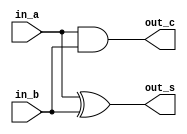
/* CSED273 lab5 experiment 1 */
/* lab5_1.v */

`timescale 1ps / 1fs

module halfAdder(
    input in_a,
    input in_b,
    output out_s,
    output out_c
    );

    assign out_s = in_a ^ in_b;
    assign out_c = in_a & in_b;

endmodule

module fullAdder(
    input in_a,
    input in_b,
    input in_c,
    output out_s,
    output out_c
    );

    wire S, C, C2;
    halfAdder inst1(in_a, in_b, S, C);
    halfAdder inst2(S, in_c, out_s, C2);
    assign out_c = C | C2;

endmodule

/* Implement adder 
 * You must not use Verilog arithmetic operators */
module adder(
    input [3:0] x,
    input [3:0] y,
    input c_in,             // Carry in
    output [3:0] out,
    output c_out            // Carry out
); 

    wire [3:0] c;
    fullAdder inst1(x[0], y[0], c_in, out[0], c[1]);
    fullAdder inst2(x[1], y[1], c[1], out[1], c[2]);
    fullAdder inst3(x[2], y[2], c[2], out[2], c[3]);
    fullAdder inst4(x[3], y[3], c[3], out[3], c_out);

endmodule

/* Implement arithmeticUnit with adder module
 * You must use one adder module.
 * You must not use Verilog arithmetic operators */
module arithmeticUnit(
    input [3:0] x,
    input [3:0] y,
    input [2:0] select,
    output [3:0] out,
    output c_out            // Carry out
);

    wire [3:0] A;
    assign A[0] = (select[2] & ~y[0]) | (select[1] & y[0]);
    assign A[1] = (select[2] & ~y[1]) | (select[1] & y[1]);
    assign A[2] = (select[2] & ~y[2]) | (select[1] & y[2]);
    assign A[3] = (select[2] & ~y[3]) | (select[1] & y[3]);
    
    adder add(x, A, select[0], out, c_out);

endmodule

/* Implement 4:1 mux */
module mux4to1(
    input [3:0] in,
    input [1:0] select,
    output out
);

    wire [3:0] data;
    assign data[0] = ~select[0] & ~select[1] & in[0];
    assign data[1] = select[0] & ~select[1] & in[1];
    assign data[2] = ~select[0] & select[1] & in[2];
    assign data[3] = select[0] & select[1] & in[3];
    
    assign out = data[0] | data[1] | data[2] | data[3];

endmodule

/* Implement logicUnit with mux4to1 */
module logicUnit(
    input [3:0] x,
    input [3:0] y,
    input [1:0] select,
    output [3:0] out
);

    wire [3:0] in0;
    assign in0[0] = x[0] & y[0];
    assign in0[1] = x[0] | y[0];
    xor(in0[2], x[0], y[0]);
    assign in0[3] = ~x[0];
    mux4to1 mux0(in0, select, out[0]);
    
    wire [3:0] in1;
    assign in1[0] = x[1] & y[1];
    assign in1[1] = x[1] | y[1];
    xor(in1[2], x[1], y[1]);
    assign in1[3] = ~x[1];
    mux4to1 mux1(in1, select, out[1]);
    
    wire [3:0] in2;
    assign in2[0] = x[2] & y[2];
    assign in2[1] = x[2] | y[2];
    xor(in2[2], x[2], y[2]);
    assign in2[3] = ~x[2];
    mux4to1 mux2(in2, select, out[2]);
    
    wire [3:0] in3;
    assign in3[0] = x[3] & y[3];
    assign in3[1] = x[3] | y[3];
    xor(in3[2], x[3], y[3]);
    assign in3[3] = ~x[3];
    mux4to1 mux3(in3, select, out[3]);

endmodule

/* Implement 2:1 mux */
module mux2to1(
    input [1:0] in,
    input  select,
    output out
);

    wire [1:0] data;
    assign data[0] = ~select & in[0];
    assign data[1] = select & in[1];
    
    assign out = data[0] | data[1];

endmodule

/* Implement ALU with mux2to1 */
module lab5_1(
    input [3:0] x,
    input [3:0] y,
    input [3:0] select,
    output [3:0] out,
    output c_out            // Carry out
);

    wire [3:0] d0;
    arithmeticUnit aunit(x, y, select[2:0], d0, c_out);
    wire [3:0] d1;
    logicUnit lunit(x, y, select[1:0], d1);
    
    wire [1:0] Q0;
    assign Q0[0] = d0[0];
    assign Q0[1] = d1[0];
    mux2to1 mux_output0(Q0, select[3], out[0]);
    wire [1:0] Q1;
    assign Q1[0] = d0[1];
    assign Q1[1] = d1[1];
    mux2to1 mux_output1(Q1, select[3], out[1]);
    wire [1:0] Q2;
    assign Q2[0] = d0[2];
    assign Q2[1] = d1[2];
    mux2to1 mux_output2(Q2, select[3], out[2]);
    wire [1:0] Q3;
    assign Q3[0] = d0[3];
    assign Q3[1] = d1[3];
    mux2to1 mux_output3(Q3, select[3], out[3]);

endmodule